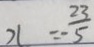
x = - \frac { 2 3 } { 5 }